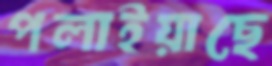
পলাইয়াছে